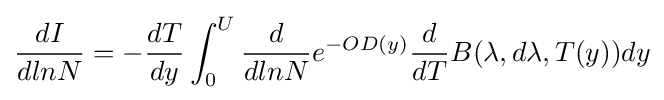
{\frac {dI}{dlnN}}=-{\frac {dT}{dy}}\int _{0}^{U}{\frac {d}{dlnN}}e^{-OD(y)}{\frac {d}{dT}}B(\lambda ,d\lambda ,T(y))dy